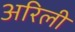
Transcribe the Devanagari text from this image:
अरिली